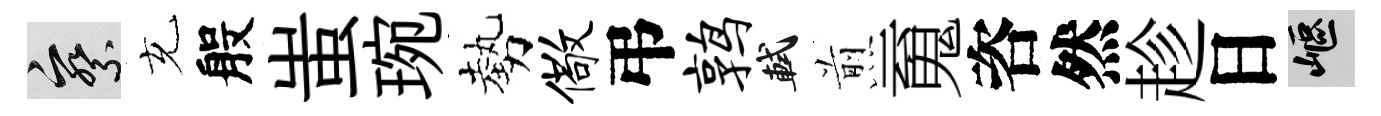
察充般蚩琬勢儆弔鹑軾煎䰟咨然趁日嶇